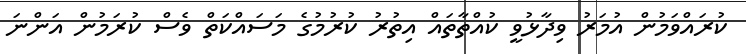
ކުރައްވަމުން އުމަރު ވިދާޅުވީ ކުއްތާތައް އިތުރު ކުރުމުގެ މަސައްކަތް ވެސް ކުރަމުން އަންނަ